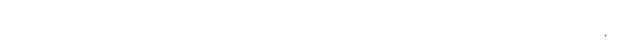
အညီအညွတ်အာရုံ၌ ထားတတ်သည်၏ အဖြစ်ကြောင့်။ ဧကာရမ္မ ဏေ၊ ၌။ သမောသရဏေန၊